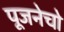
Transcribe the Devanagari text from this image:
पूजनेचो